Vaccination in the Punjab 1919-1929 - 1919-1929
Year: 1919
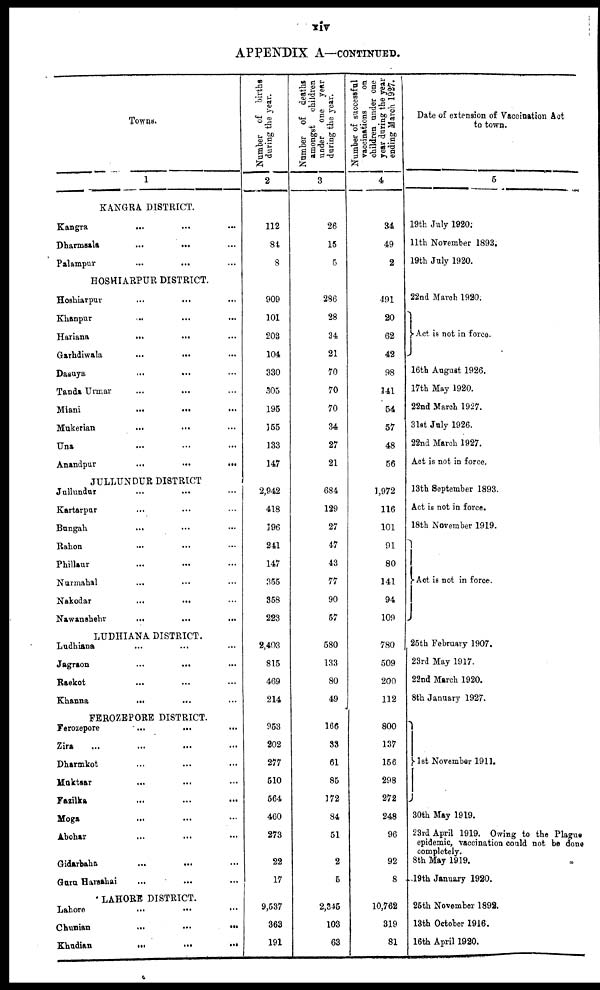
xiv
APPENDIX A—CONTINUED.
Towns.
1
KANGRA DISTRICT.
Kangra ... ... ...
Dharmsala
...
...
...
Palampur ... ... ...
HOSHIARPUR DISTRICT.
Hoshiarpur
...
...
...
Khanpur ... ... ...
Hariana ... ... ...
Garhdiwala ... ... ...
Dasuya ... ... ...
Tanda Urmar ... ... ...
Miani
...
...
...
Mukerian ... ... ...
Una ... ... ...
Anandpur
...
...
...
JULLUNDUR DISTRICT
Jullundur
...
...
...
Kartarpur ... ... ...
Bungah ... ... ...
Rahon ... ... ...
Phillaur ... ... ...
Nurmahal ... ... ...
Nakodar ... ... ...
Nawanshehr ... ... ...
LUDHIANA DISTRICT.
Ludhiana ... ... ...
Jagraon
...
...
...
Raekot ... ... ...
Khanna
...
...
...
FEROZEPORE DISTRICT.
Ferozepore ... ... ...
Zira ... ... ...
Dharmkot ... ... ...
Muktsar ... ... ...
Fazilka ... ... ...
Moga ... ... ...
Abohar ... ... ...
Gidarbaha
...
...
...
Guru Harsahai ... ... ...
LAHORE DISTRICT.
Lahore ... ... ...
Chunian
...
...
...
Khudian
...
...
...
Number of births
during the year.
2
112
84
8
909
101
203
104
330
305
195
155
133
147
2,942
418
196
241
147
355
358
223
2,403
815
469
214
953
202
277
510
564
460
273
22
17
9,537
363
191
Number of deaths
amongst children
under one year
during the year.
3
26
15
5
286
28
34
21
70
70
70
34
27
21
684
129
27
47
43
77
90
57
580
133
80
49
166
33
61
85
172
84
51
2
5
2,345
103
63
Number of successful
vaccinations
on
children under one
year during the year
ending March 1927.
4
34
49
2
491
20
62
42
98
141
54
57
48
56
1,972
116
101
91
80
141
94
109
780
509
200
112
800
137
156
298
272
248
96
92
8
10,762
319
81
Date of extension of Vaccination Act
to town.
5
19th July 1920.
11th November 1893.
19th July 1920.
22nd March 1920.
Act is not in force.
16th August 1926.
17th May 1920.
22nd March 1927.
31st July 1926.
22nd March 1927.
Act is not in force.
13th September 1893.
Act is not in force.
18th November 1919.
Act is not in force.
25th February 1907.
23rd May 1917.
22nd March 1920.
8th January 1927.
1st November 1911.
30th May 1919.
23rd April 1919. Owing to the Plague
epidemic, vaccination could not be done
completely.
8th May 1919.
19th January 1920.
25th November 1892.
13th October 1916.
16th April 1920.